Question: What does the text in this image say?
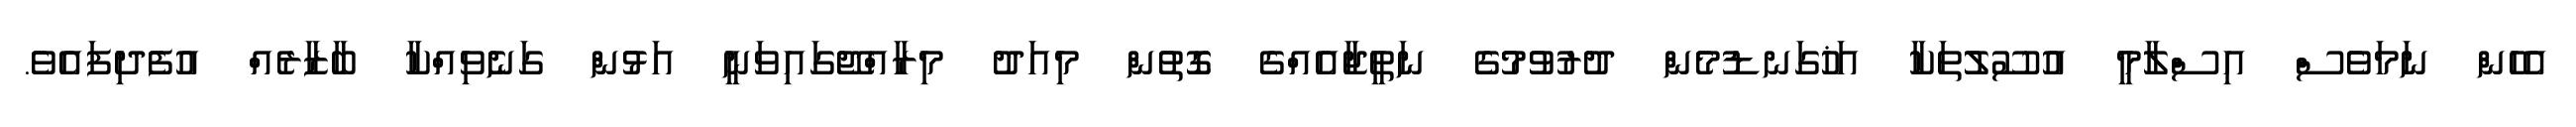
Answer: އެހެން ނަމަވެސް އިސްލާމީ އުސޫލުތަކާ އަޚުގަނޑުމެން ދުރުވުމުގެ ނަތީޖާއެއްގެ ގޮތުން މިއަދު މިރާއްޖޭގައިވަނީ އަޅުން ގަނެވިއްކާ ބާޒާރެއް އުފެދިފައެވެ.